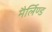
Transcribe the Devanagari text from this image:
मैर्लिण्ड